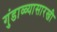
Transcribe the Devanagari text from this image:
गुंडाळ्यासारखी